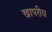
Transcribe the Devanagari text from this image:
खापरीय